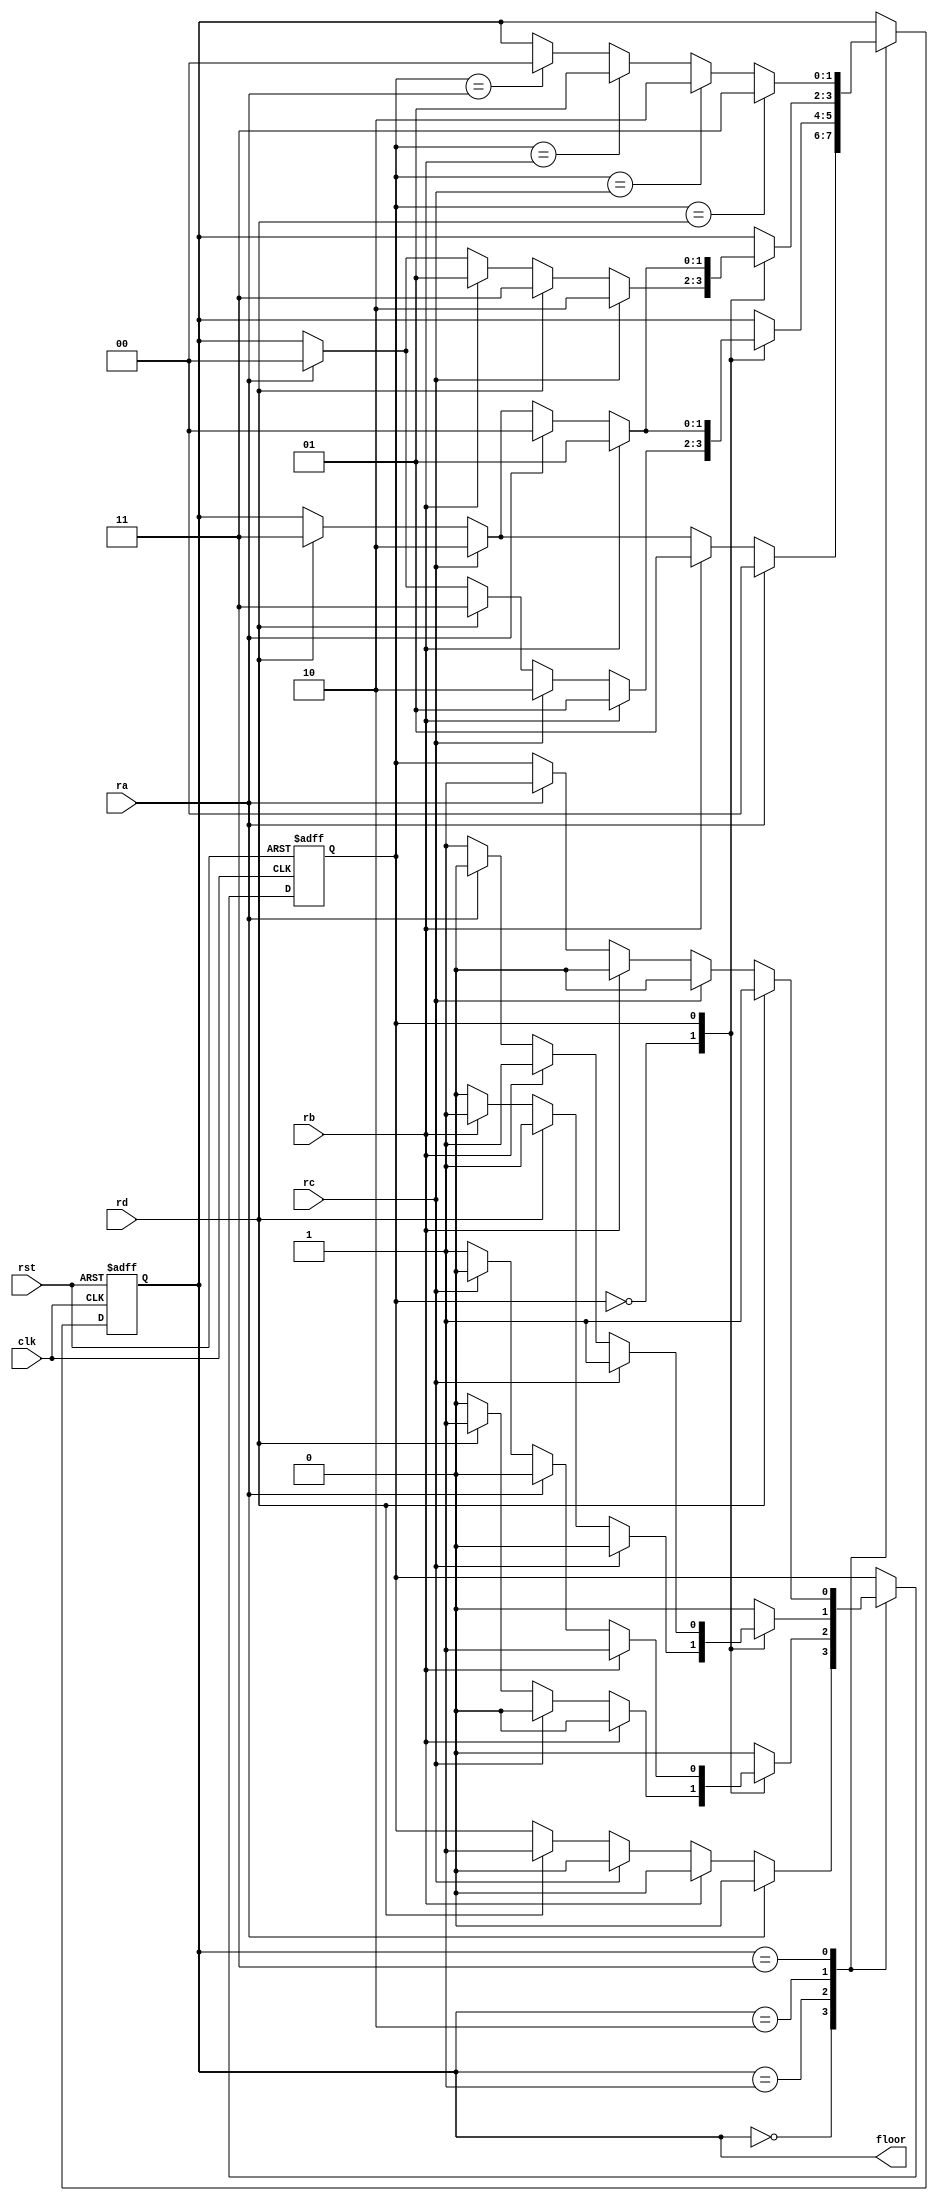
`timescale 1ns / 1ps
//////////////////////////////////////////////////////////////////////////////////
// Company: 
// Engineer: 
// 
// Design Name: 
// Module Name:    ELEVATOR 
// Project Name: 
// Target Devices: 
// Tool versions: 
// Description: 
//
// Dependencies: 
//
// Revision: 
// Revision 0.01 - File Created
// Additional Comments: 
//
//////////////////////////////////////////////////////////////////////////////////


////////////////// Four Floors Elevator Machine /////////////////////
module ELEVATOR(clk,rst,ra,rb,rc,rd,floor);
input clk , rst;
input ra,rb,rc,rd;//Request from related floors A B C D
output [1:0]floor;
wire [1:0]floor;
parameter A=0,B=1,C=2,D=3;
reg [1:0]state;
reg dir;
parameter UP=0 ,DO=1;
// State Declaration
always @(posedge clk or posedge rst)
begin 
	if(rst) state <=A;
	else begin
		case(state)
		A: case(1)
			ra: state<=A;
			rb: state<=B;
			rc: state<=C;
			rd: state<=D;
			endcase
		B: case(dir)
			UP: case(1)
				rb: state<=B;
				rc: state<=C;
				rd: state<=D;
				ra: state<=A;
				endcase
			DO: case(1)
				rb: state<=B;
				ra: state<=A;
				rc: state<=C;
				rd: state<=D;
				endcase
			endcase
		C: case(dir)
			UP: case(1)
				rc: state<=C;
				rd: state<=D;
				rb: state<=B;
				ra: state<=A;
				endcase
			DO: case(1)
				rb: state<=B;
				ra: state<=A;
				rc: state<=C;
				rd: state<=D;
				endcase
			endcase
		D: case(dir)
			rd: state<=D;
			rc: state<=C;
			rb: state<=B;
			ra: state<=A;
				endcase
		endcase
end
end

//Function Woked in Related State
always @(posedge clk or posedge rst)
begin
	if(rst) dir<=A;
	else begin
	case (state)
	A: case(1)
		ra: dir <= UP;
		rb: dir <= UP;
		rc: dir <= UP;
		rd: dir <= DO;
		endcase
	B: case(dir)
		UP :case(1)
			rb: dir <= UP;
			rc: dir <= UP;
			rd: dir <= DO;
			ra: dir <= UP;
			endcase
		DO :case(1)
			rb: dir <= DO;
			ra: dir <= UP;
			rc: dir <= UP;
			rd: dir <= DO;
			endcase
		endcase
	C: case(dir)
		UP :case(1)
			rc: dir <= UP;
			rd: dir <= DO;
			rb: dir <= DO;
			ra: dir <= UP;
			endcase
		DO :case(1)
			rc: dir <= DO;
			rb: dir <= DO;
			ra: dir <= UP;
			rd: dir <= DO;
			endcase
		endcase
	D: case(1)
		rd: dir <= DO;
		rc: dir <= UP;
		rb: dir <= UP;
		ra: dir <= DO;
		endcase
	endcase

end
end
assign floor=state;


endmodule